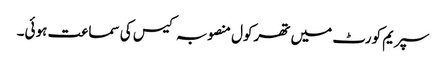
سپریم کورٹ میں تھرکول منصوبہ کیس کی سماعت ہوئی۔